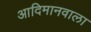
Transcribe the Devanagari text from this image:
आदिमानवाला